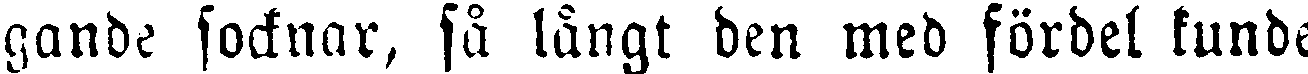
gande socknar, så långt den med fördel kunde